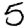
Digit: 5